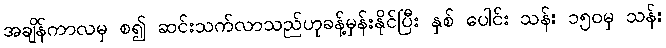
အချိန်ကာလမှ စ၍ ဆင်းသက်လာသည်ဟုခန့်မှန်းနိုင်ပြီး နှစ် ပေါင်း သန်း ၁၅၀မှ သန်း